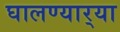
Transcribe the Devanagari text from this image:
घालण्यार्‍या